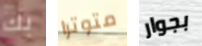
بك متوترا بجوار